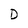
Character: D